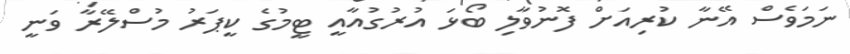
ނަމަވެސް އޭނާ ކުރިއަށް ފޮނުވާލި ބޯޅަ އުރުގުއާއީ ޓީމުގެ ކީޕަރު މުސްލޭރާ ވަނީ